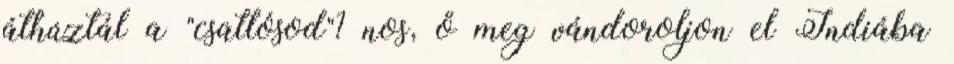
áthúztál a "csatlósod"? nos, ő meg vándoroljon el Indiába